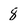
Character: 8